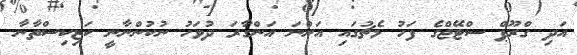
އަދި ގްރޫޕް ސްޓޭޖްގެ ފަހު މެޗުގައި އަންނަ އަންގާރަ ދުވަހު ނުކުންނާނީ ކަޒިކިސްތާނާ